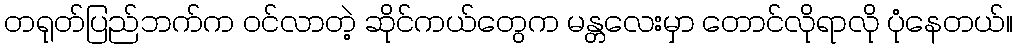
တရုတ်ပြည်ဘက်က ဝင်လာတဲ့ ဆိုင်ကယ်တွေက မန္တလေးမှာ တောင်လိုရာလို ပုံနေတယ်။